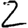
Digit: 2